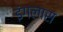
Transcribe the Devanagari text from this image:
इंगलास